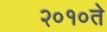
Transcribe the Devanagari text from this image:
२०१०ते